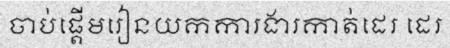
ចាប់ផ្តើមរៀនយកការងារកាត់ដេរ ដេរ